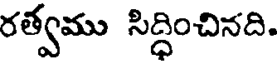
రత్వము సిద్ధించినది.